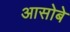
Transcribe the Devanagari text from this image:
आसोबे